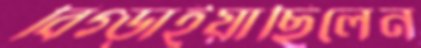
বিগ্‌ড়াইয়াছিলেন